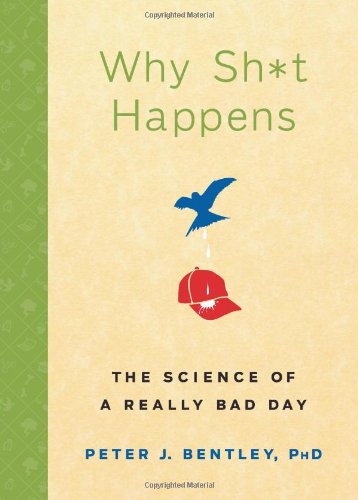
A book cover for Why Sh*t Happens: The Science of a Really Bad Day; Peter J. Bentley; Humor & Entertainment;